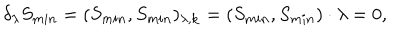
\delta _ { \lambda } S _ { m i n } = ( S _ { m i n } , S _ { m i n } ) _ { \lambda , { \bf k } } = ( S _ { m i n } , S _ { m i n } ) \cdot \lambda = 0 ,